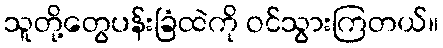
သူတို့တွေပန်းခြံထဲကို ဝင်သွားကြတယ်။